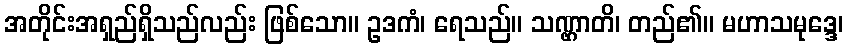
အတိုင်းအရှည်ရှိသည်လည်း ဖြစ်သော။ ဥဒကံ၊ ရေသည်။ သဏ္ဌာတိ၊ တည်၏။ မဟာသမုဒ္ဒေ၊